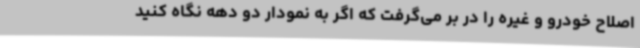
اصلاح خودرو و غیره را در بر می‌گرفت که اگر به نمودار دو دهه نگاه کنید